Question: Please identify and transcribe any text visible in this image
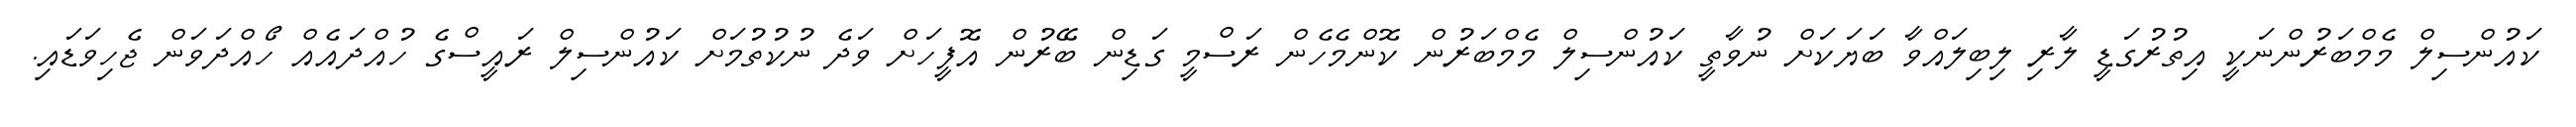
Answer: ކައުންސިލް މެމްބަރުންނަކީ އިތުރުގަޑީ ލާރި ލިބިލައްވާ ބަޔަކަށް ނުވާތީ ކައުންސިލް މެމްބަރުން ކޮންމެހެން ރަސްމީ ގަޑިން ބޭރުން އޮފީހަށް ވަދެ ނުކުތުމަށް ކައުންސިލް ރައީސްގެ ހުއްދައެއް ހޯއްދަވަން ޖެހިވަޑައި.